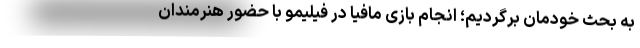
به بحث خودمان برگردیم؛ انجام بازی مافیا در فیلیمو با حضور هنرمندان